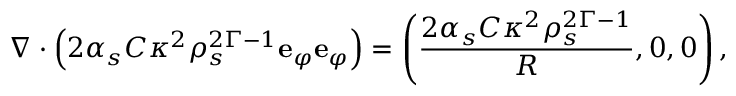
\nabla \cdot \left( 2 \alpha _ { s } C \kappa ^ { 2 } \rho _ { s } ^ { 2 \Gamma - 1 } \mathbf { e } _ { \varphi } \mathbf { e } _ { \varphi } \right) = \left( \frac { 2 \alpha _ { s } C \kappa ^ { 2 } \rho _ { s } ^ { 2 \Gamma - 1 } } { R } , 0 , 0 \right) ,